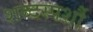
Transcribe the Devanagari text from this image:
शब्दस्पर्शौ